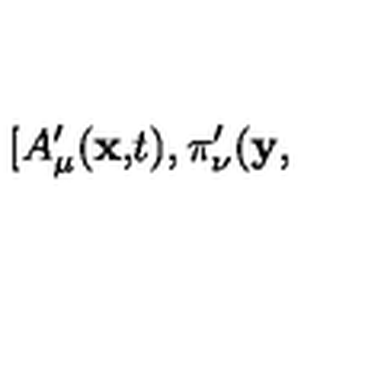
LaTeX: \lbrack A _ { \mu } ^ { \prime } ( \mathbf { x , } t ) , \pi _ { \nu } ^ { \prime } ( \mathbf { y , }